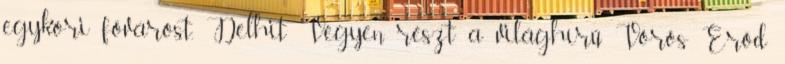
egykori fővárost, Delhit Vegyen részt a világhírű Vörös Erőd